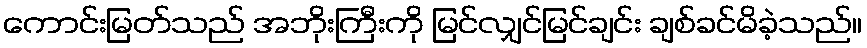
ကောင်းမြတ်သည် အဘိုးကြီးကို မြင်လျှင်မြင်ချင်း ချစ်ခင်မိခဲ့သည်။